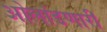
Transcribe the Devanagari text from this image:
ओलांडणारी